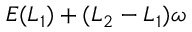
E ( L _ { 1 } ) + ( L _ { 2 } - L _ { 1 } ) \omega